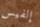
إلفيس